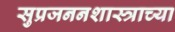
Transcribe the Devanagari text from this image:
सुप्रजननशास्त्राच्या